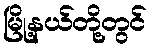
မြို့နယ်တို့တွင်